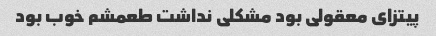
پیتزای معقولی بود مشکلی نداشت طعمشم خوب بود